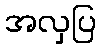
အလှပြ